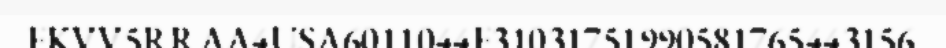
FKVV5RRAA4USA6011044F31031751990581765443156